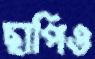
ছাপিও